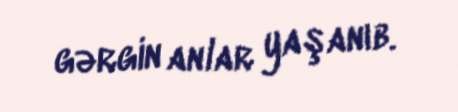
gərgin anlar yaşanıb.